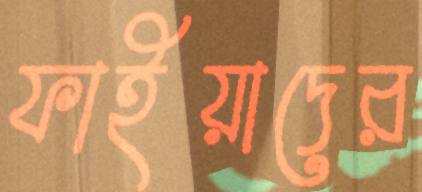
ফাইয়াদের